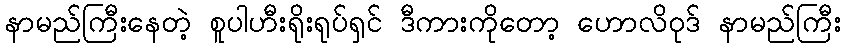
နာမည်ကြီးနေတဲ့ စူပါဟီးရိုးရုပ်ရှင် ဒီကားကိုတော့ ဟောလိဝုဒ် နာမည်ကြီး